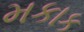
મકાક